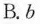
B. b